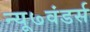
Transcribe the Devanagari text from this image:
न्यू७वंडर्स